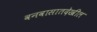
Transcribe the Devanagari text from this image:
वनवासातदेखील